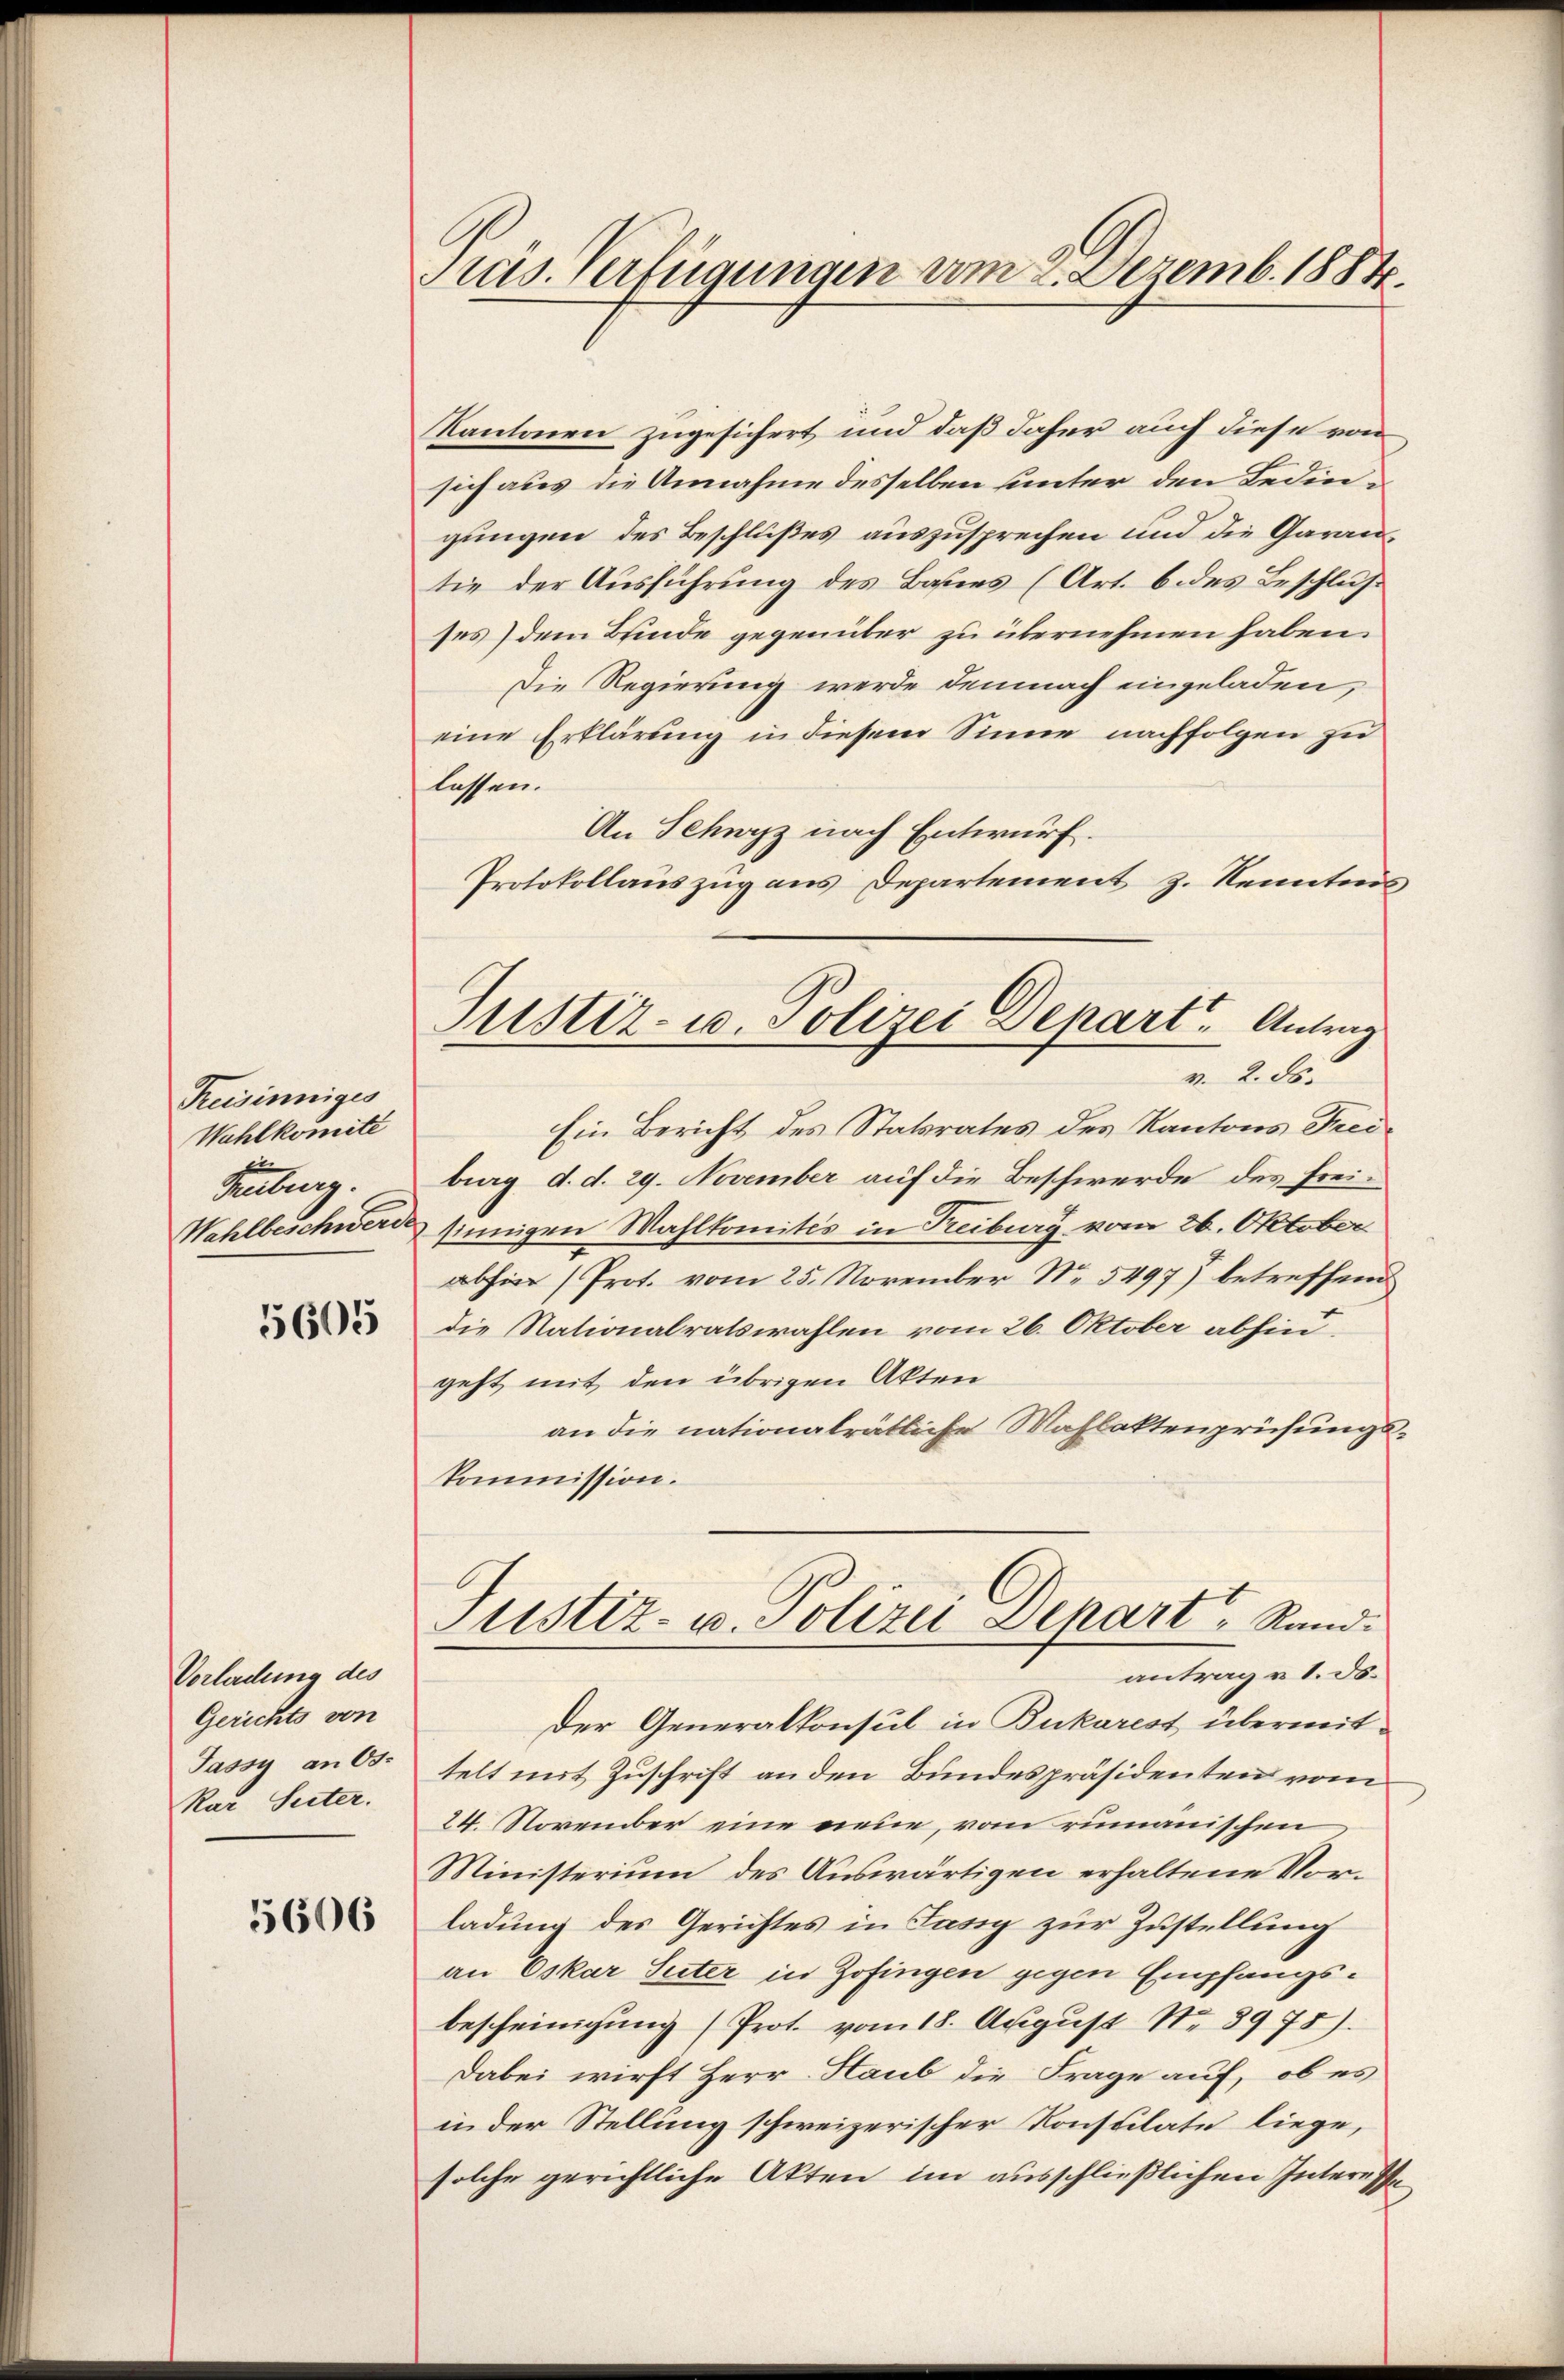
Reisinniges
Wahlkomite
Fenburg.

5605

Vorladung des
Gerichts von
Jassy an Os
kar Seiter.

5606

Pras. Verfügungen vom 2. Dezemb. 1884.

Justiz- u. Polizei Depart. Antrag
v. 2. ds.

Kantonen zugesichert und daß daher auch diese von
sich aus die Annahme desselben unter den Bedingungen des Beschlußes auszusprechen und die Garan
tie der Ausführung des Baues (Art. 6 des Beschlusses) dem Bunde gegenüber zu übernehmen haben.
Die Regierung werde demnach eingeladen,
eine Erklärung in diesem Sinne nachfolgen zu
lassen.
An Schwyz nach Entwurf.
Protokollauszug aus Departement z. Kenntnis
Ein Bericht des Statsrates des Kantons Freiburg d. d. 29. November auf die Beschwerde des Frei¬
Wahlbeschwerde sinnigen Wahlkomités in Treiburg vom 26. Oktober
abhin (Prot. vom 25. November No. 5497) betreffend
die Nationalratswahlen vom 26. Oktober abhin
geht mit den übrigen Akten
an die nationalrätliche Wahlaktenprüfungskommission.
Justiz- u. Polizei Dehart Rand.
antrag u 1. ds.
Der Generalkonsul in Bukarest übermittelt mit Zuschrift an den Bundespräsidenten vom
24. November eine neue, vom rumanischen
Ministerium des Auswärtigen erhaltene Vorladung des Gerichtes in Jassy zur Zustellung
an Oskar Suter in Zofingen gegen Empfangsbescheinigung (Prot. vom 18. August No 8978).
Dabei wirft Herr Haub die Frage auf, ob es
in der Stellung schweizerischer Konsulate liege,
solche gerichtliche Akten im ausschließlichen Interesse